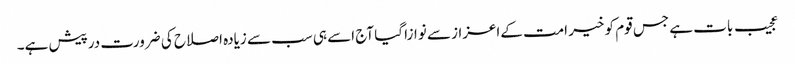
عجیب بات ہے جس قوم کو خیر امت کےاعزاز سے نوازا گیا آج اسے ہی سب سے زیادہ اصلاح کی ضرورت درپیش ہے۔